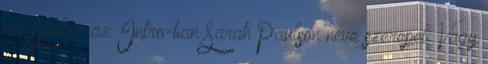
rá: Amikor az Intro-ban Sarah Paulson neve szerepel: Vagy